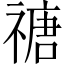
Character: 禟